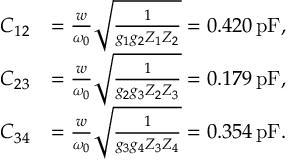
\begin{array} { r l } { C _ { 1 2 } } & { = \frac { w } { \omega _ { 0 } } \sqrt { \frac { 1 } { g _ { 1 } g _ { 2 } Z _ { 1 } Z _ { 2 } } } = 0 . 4 2 0 \, \mathrm { p F } , } \\ { C _ { 2 3 } } & { = \frac { w } { \omega _ { 0 } } \sqrt { \frac { 1 } { g _ { 2 } g _ { 3 } Z _ { 2 } Z _ { 3 } } } = 0 . 1 7 9 \, \mathrm { p F } , } \\ { C _ { 3 4 } } & { = \frac { w } { \omega _ { 0 } } \sqrt { \frac { 1 } { g _ { 3 } g _ { 4 } Z _ { 3 } Z _ { 4 } } } = 0 . 3 5 4 \, \mathrm { p F } . } \end{array}